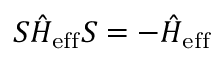
{ \cal S } \hat { H } _ { \mathrm { e f f } } { \cal S } = - \hat { H } _ { \mathrm { e f f } }